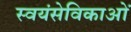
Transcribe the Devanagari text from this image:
स्वयंसेविकाओं